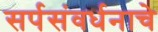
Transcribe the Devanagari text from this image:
सर्पसंवर्धनाचे